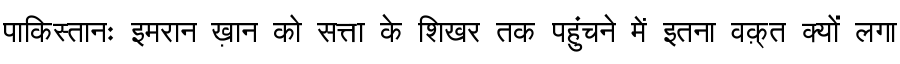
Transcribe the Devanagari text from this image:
पाकिस्तानः इमरान ख़ान को सत्ता के शिखर तक पहुंचने में इतना वक़्त क्यों लगा